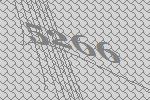
5266